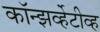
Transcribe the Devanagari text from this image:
कॉन्झर्व्हेटीव्ह